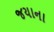
જયાના